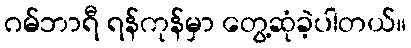
ဂမ်ဘာရီ ရန်ကုန်မှာ တွေ့ဆုံခဲ့ပါတယ်။